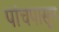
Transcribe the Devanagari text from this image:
पांचपासून